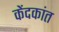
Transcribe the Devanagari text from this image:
केंदकांत